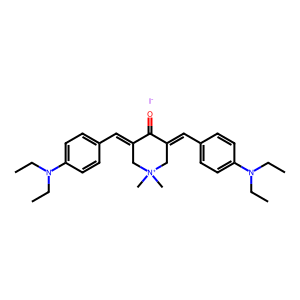
SMILES: CCN(CC)c1ccc(C=C2C[N+](C)(C)CC(=Cc3ccc(N(CC)CC)cc3)C2=O)cc1.[I-]
Inhibits HIV replication: No